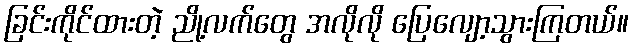
ခြင်းကိုင်ထားတဲ့ ညို့လက်တွေ အလိုလို ပြေလျော့သွားကြတယ်။